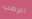
الرطب